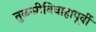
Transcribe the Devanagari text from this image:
तुळसीविवाहापूर्वी